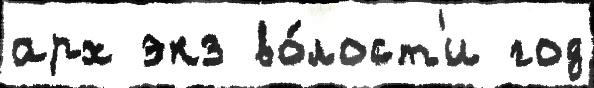
арх экз во́лост'и год